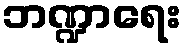
ဘဏ္ဍာရေး